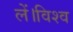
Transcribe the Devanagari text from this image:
लें।विश्व